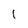
Character: 1